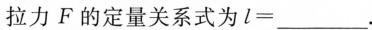
拉力F的定量关系式为$$l =$$___。